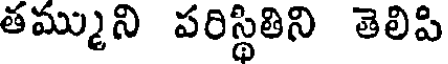
తమ్ముని పరిస్థితిని తెలిపి